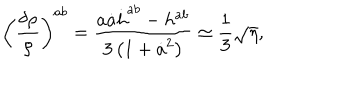
\left( \frac { \delta \rho } { \rho } \right) ^ { a b } = \frac { a \dot { a } \dot { h } ^ { a b } - h ^ { a b } } { 3 \left( 1 + \dot { a } ^ { 2 } \right) } \simeq \frac { 1 } { 3 } \sqrt { \eta } ,